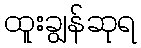
ထူးချွန်ဆုရ